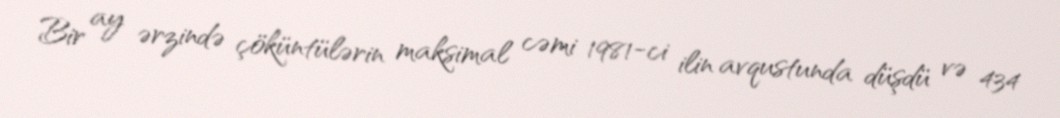
Bir ay ərzində çöküntülərin maksimal cəmi 1981-ci ilin avqustunda düşdü və 434